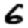
Digit: 6